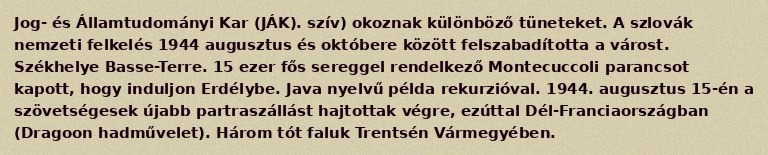
Jog- és Államtudományi Kar (JÁK). szív) okoznak különböző tüneteket. A szlovák nemzeti felkelés 1944 augusztus és októbere között felszabadította a várost. Székhelye Basse-Terre. 15 ezer fős sereggel rendelkező Montecuccoli parancsot kapott, hogy induljon Erdélybe. Java nyelvű példa rekurzióval. 1944. augusztus 15-én a szövetségesek újabb partraszállást hajtottak végre, ezúttal Dél-Franciaországban (Dragoon hadművelet). Három tót faluk Trentsén Vármegyében.